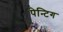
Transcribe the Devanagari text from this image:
पेन्टिग